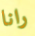
رانا